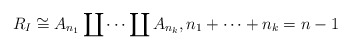
\begin{gather*}R_I \cong A_{n_{1}} \coprod \cdots \coprod A_{n_{k}},n_1+\cdots+n_{k}=n-1\end{gather*}